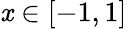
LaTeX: \mathit{x}\in[-1,1]